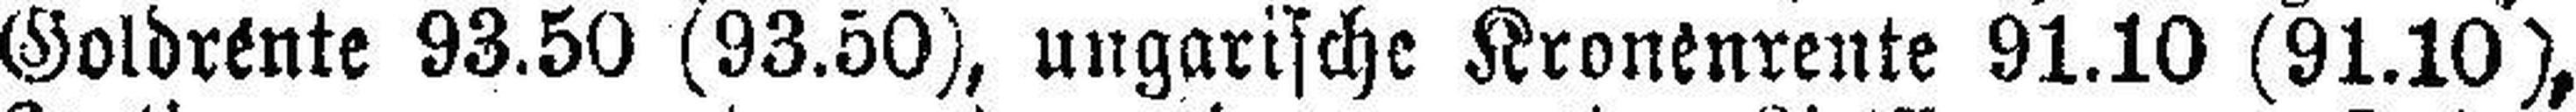
Goldrente 93.50 (93.50), ungarische Kronenrente 91.10 (91.10),